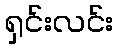
ရှင်းလင်း